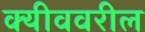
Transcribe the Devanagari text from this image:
क्यीववरील